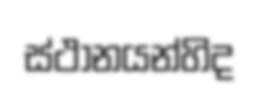
ස්ථානයන්හිද